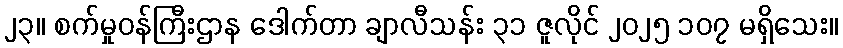
၂၃။ စက်မှုဝန်ကြီးဌာန ဒေါက်တာ ချာလီသန်း ၃၁ ဇူလိုင် ၂၀၂၅ ၁၀၇ မရှိသေး။